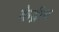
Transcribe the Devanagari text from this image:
केद्रीय